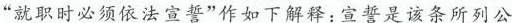
”就职时必须依法宣誓”作如下解释：宣誓是该条所列公